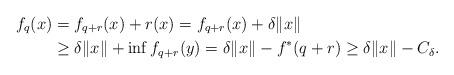
LaTeX: \begin{align*} f_q(x) &= f_{q+r}(x) + r(x) = f_{q+r}(x) + \delta \|x\| \\ &\geq \delta \|x\| + \inf f_{q+r}(y) = \delta \|x\| - f^*(q+r) \geq \delta \|x\| - C_\delta.\end{align*}